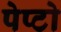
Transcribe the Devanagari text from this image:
पेप्टो